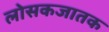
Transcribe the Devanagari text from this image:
लोसकजातक